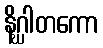
နိဂ္ဃါတကော